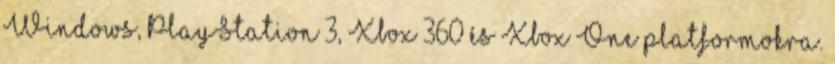
Windows, PlayStation 3, Xbox 360 és Xbox One platformokra.